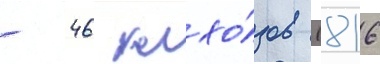
- 46 колхо́зов (816